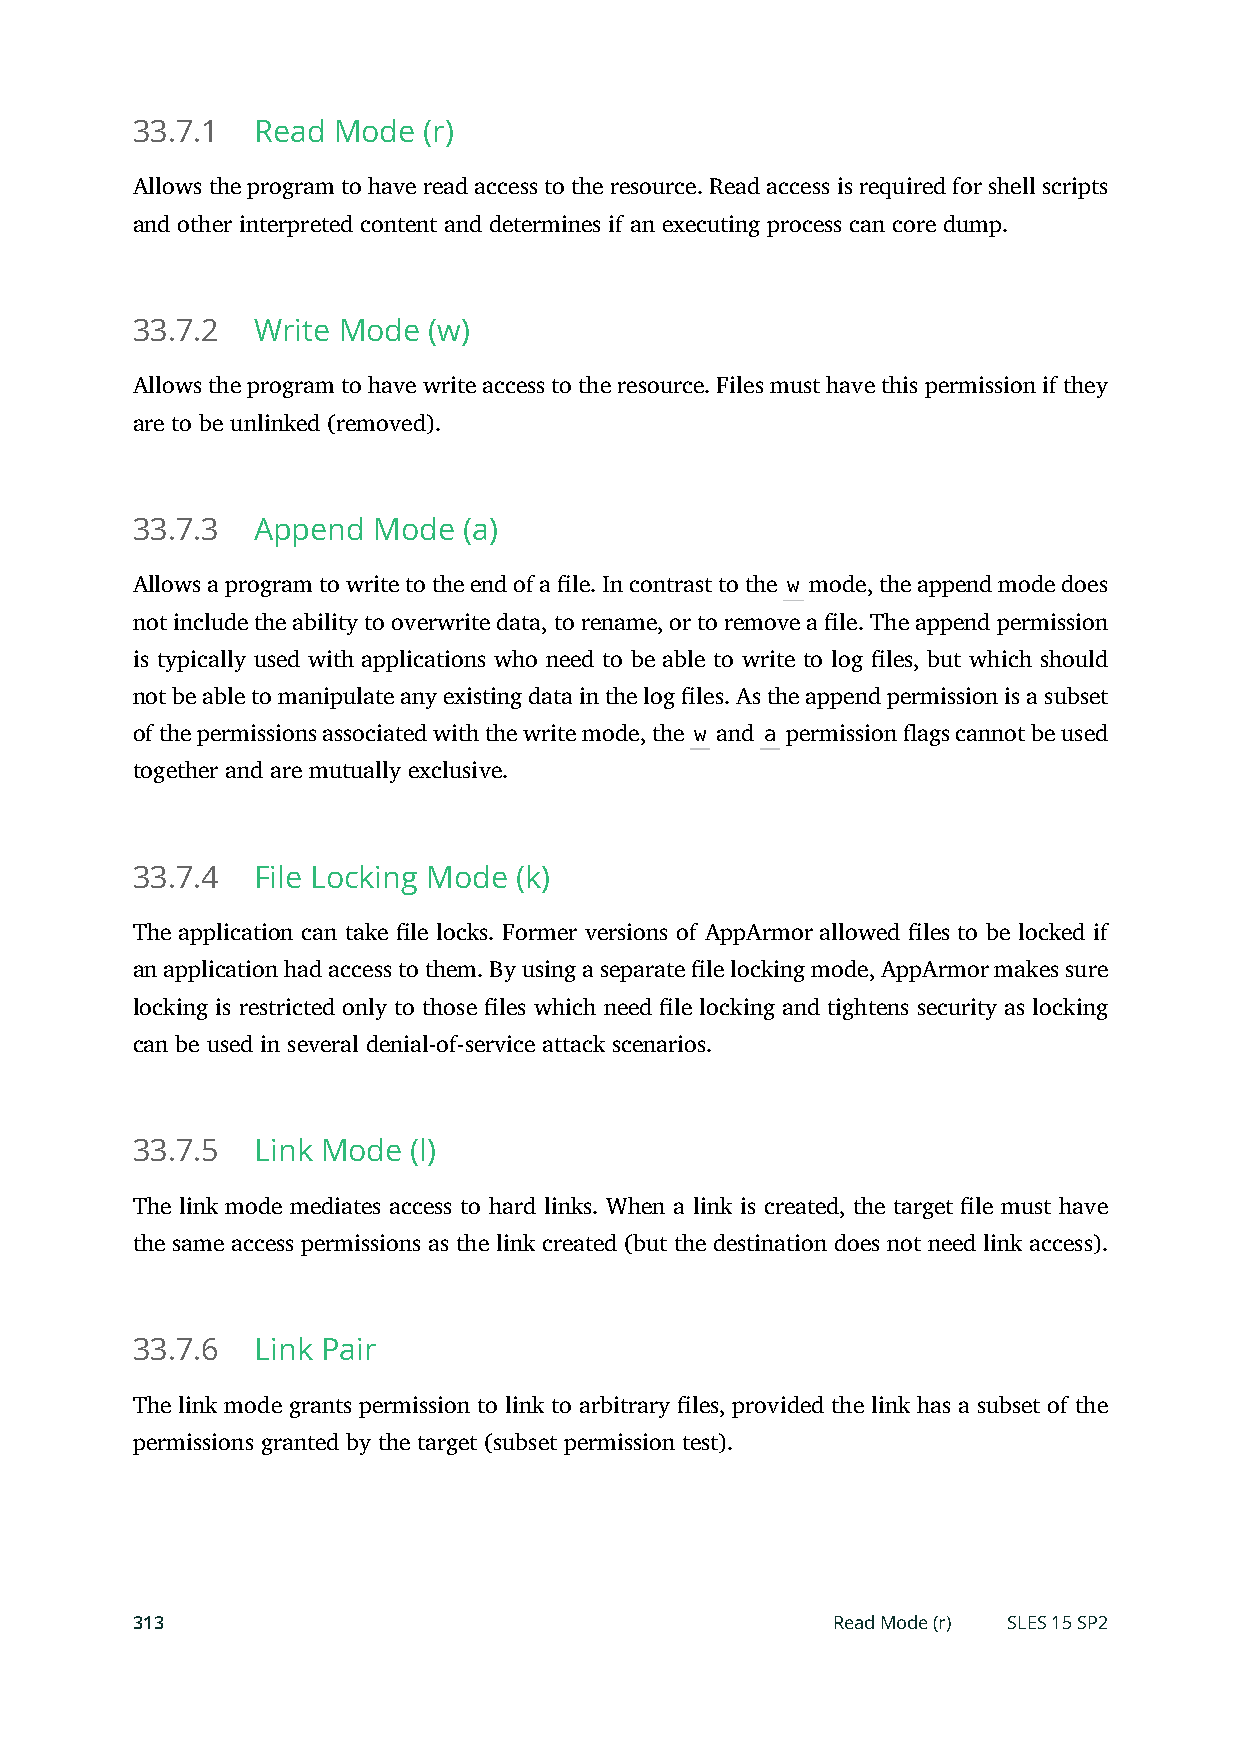
33.7.1  Read Mode  (r)
 Allows the program to have read access to the resource. Read access is required for shell scripts
 and other interpreted content and determines if an executing process can core dump.
 33.7.2  Write Mode (w)
 Allows the program to have write access to the resource. Files must have this permission if they
 are to be unlinked (removed).
 33.7.3  Append  Mode  (a)
 Allows a program to write to the end of a le. In contrast to the w mode, the append mode does
 not include the ability to overwrite data, to rename, or to remove a le. The append permission
 is typically used with applications who need to be able to write to log les, but which should
 not be able to manipulate any existing data in the log les. As the append permission is a subset
 of the permissions associated with the write mode, the w and a permission ags cannot be used
 together and are mutually exclusive.
 33.7.4  File Locking Mode (k)
 The application can take le locks. Former versions of AppArmor allowed les to be locked if
 an application had access to them. By using a separate le locking mode, AppArmor makes sure
 locking is restricted only to those les which need le locking and tightens security as locking
 can be used in several denial-of-service attack scenarios.
 33.7.5  Link Mode (l)
 The link mode mediates access to hard links. When a link is created, the target le must have
 the same access permissions as the link created (but the destination does not need link access).
 33.7.6  Link Pair
 The link mode grants permission to link to arbitrary les, provided the link has a subset of the
 permissions granted by the target (subset permission test).
 313                                           Read Mode (r) SLES 15 SP2